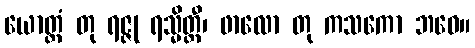
ယောတ္တံ တု ရဇ္ဇု ရသ္မိတ္ထီ၊ ဖာလော တု ကသကော ဘဝေ။